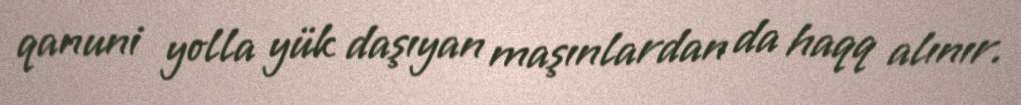
qanuni yolla yük daşıyan maşınlardan da haqq alınır.